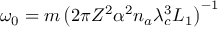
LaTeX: \omega _ { 0 } = m \left( 2 \pi Z ^ { 2 } \alpha ^ { 2 } n _ { a } \lambda _ { c } ^ { 3 } L _ { 1 } \right) ^ { - 1 }